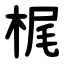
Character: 梶